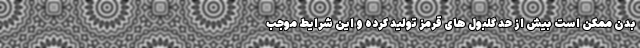
بدن ممکن است بیش از حد گلبول های قرمز تولید کرده و این شرایط موجب